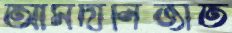
আমদানিজাত